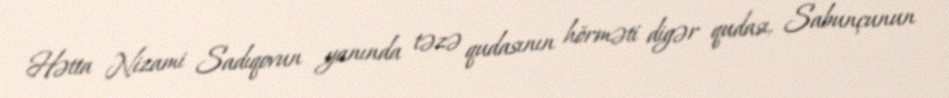
Hətta Nizami Sadıqovun yanında təzə qudasının hörməti digər qudası, Sabunçunun